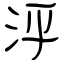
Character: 泙